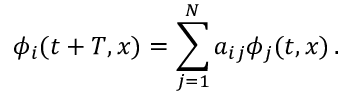
\phi _ { i } ( t + T , x ) = \sum _ { j = 1 } ^ { N } a _ { i j } \phi _ { j } ( t , x ) \, .